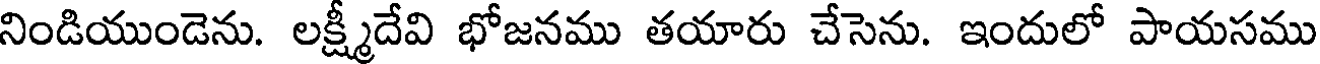
నిండియుండెను. లక్ష్మీదేవి భోజనము తయారు చేసెను. ఇందులో పాయసము